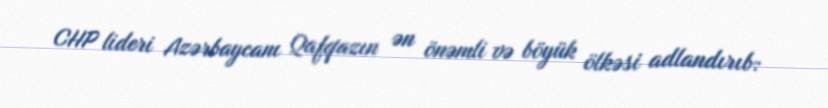
CHP lideri Azərbaycanı Qafqazın ən önəmli və böyük ölkəsi adlandırıb: